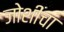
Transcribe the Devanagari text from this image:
जोशींचा